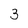
Character: 3